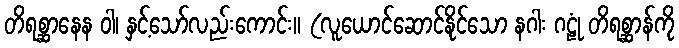
တိရစ္ဆာနေန ဝါ၊ နှင့်သော်လည်းကောင်း။ (လူယောင်ဆောင်နိုင်သော နဂါး ဂဠုံ တိရစ္ဆာန်ကို